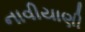
નાવીયાણી